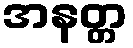
အနတ္တ